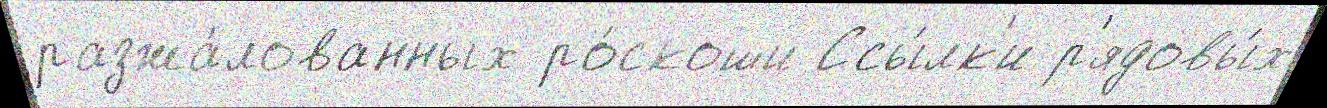
разжа́лованных ро́скоши Ссы́лк'и р'ядовы́х